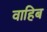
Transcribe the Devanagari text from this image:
वाहिब